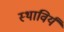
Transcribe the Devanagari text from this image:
स्थाविर्यं